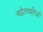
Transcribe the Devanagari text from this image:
अद्वैतवादियों